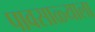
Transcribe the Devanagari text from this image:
पावसाळ्याला